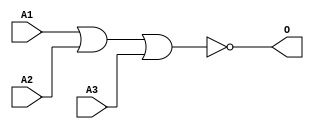
module JNOR3A(A1, A2, A3, O);
input   A1;
input   A2;
input   A3;
output  O;
nor g0(O, A1, A2, A3);
endmodule